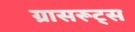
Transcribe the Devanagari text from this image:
ग्रासरूट्स